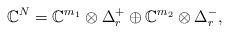
LaTeX: \begin{gather*}\mathbb{C}^N=\mathbb{C}^{m_1}\otimes \Delta_r^+\oplus\mathbb{C}^{m_2}\otimes \Delta_r^-,\end{gather*}